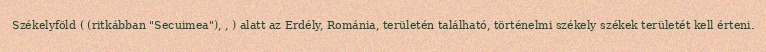
Székelyföld ( (ritkábban "Secuimea"), , ) alatt az Erdély, Románia, területén található, történelmi székely székek területét kell érteni.